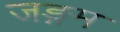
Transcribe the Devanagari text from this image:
जङ्गम